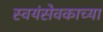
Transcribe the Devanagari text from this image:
स्वयंसेवकाच्या